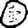
Digit: 0